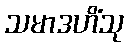
သမာဒဟိံသု